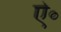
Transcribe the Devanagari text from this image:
ऐ॰